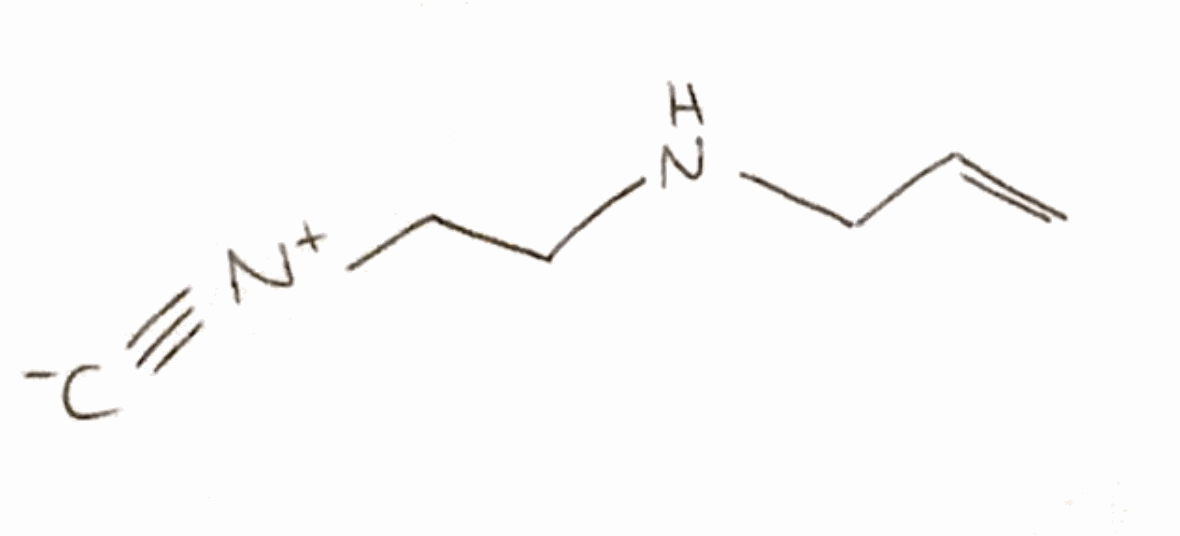
Simplified molecular-input line-entry system (SMILES) notation of the given molecule:
C=CCNCC[N+]#[C-]